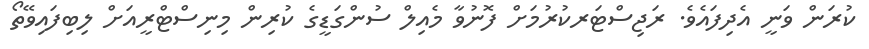
ކުރަން ވަނީ އެދިފައެވެ. ރަޖިސްޓަރކުރުމަށް ފޮނުވާ މެއިލް ސުންގަޑީގެ ކުރިން މިނިސްޓްރީއަށް ލިބިފައިވޭތޯ